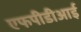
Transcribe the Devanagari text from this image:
एफपीडीआई